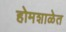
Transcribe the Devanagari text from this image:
होमशाळेत